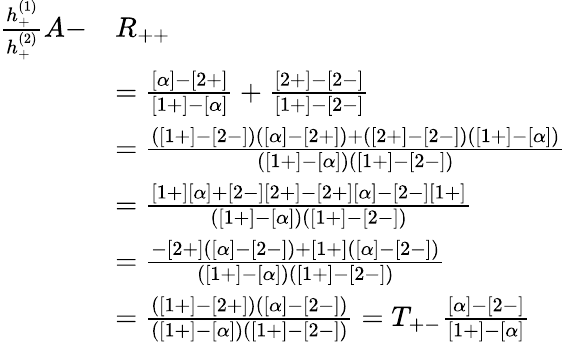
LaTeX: \begin{array}{rl}{\frac{h_{+}^{(1)}}{h_{+}^{(2)}}A-}&{R_{++}}\\ &{=\frac{[\alpha]-[2+]}{[1+]-[\alpha]}+\frac{[2+]-[2-]}{[1+]-[2-]}}\\ &{=\frac{([1+]-[2-])([\alpha]-[2+])+([2+]-[2-])([1+]-[\alpha])}{([1+]-[\alpha])([1+]-[2-])}}\\ &{=\frac{[1+][\alpha]+[2-][2+]-[2+][\alpha]-[2-][1+]}{([1+]-[\alpha])([1+]-[2-])}}\\ &{=\frac{-[2+]([\alpha]-[2-])+[1+]([\alpha]-[2-])}{([1+]-[\alpha])([1+]-[2-])}}\\ &{=\frac{([1+]-[2+])([\alpha]-[2-])}{([1+]-[\alpha])([1+]-[2-])}=T_{+-}\frac{[\alpha]-[2-]}{[1+]-[\alpha]}}\end{array}